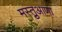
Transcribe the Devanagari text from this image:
मस्तुआणा